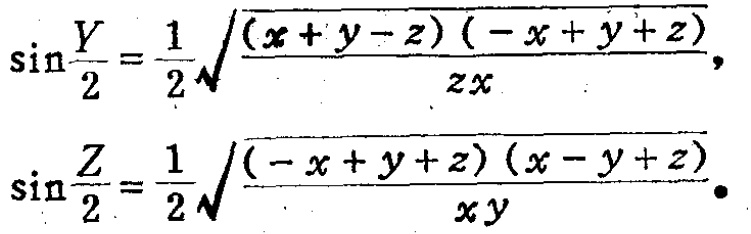
\[\sin\frac{Y}{2}=\frac{1}{2}\sqrt{\frac{(x + y - z)(-x + y + z)}{zx}},\]
\[\sin\frac{Z}{2}=\frac{1}{2}\sqrt{\frac{(-x + y + z)(x - y + z)}{xy}}.\]